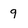
Character: 9